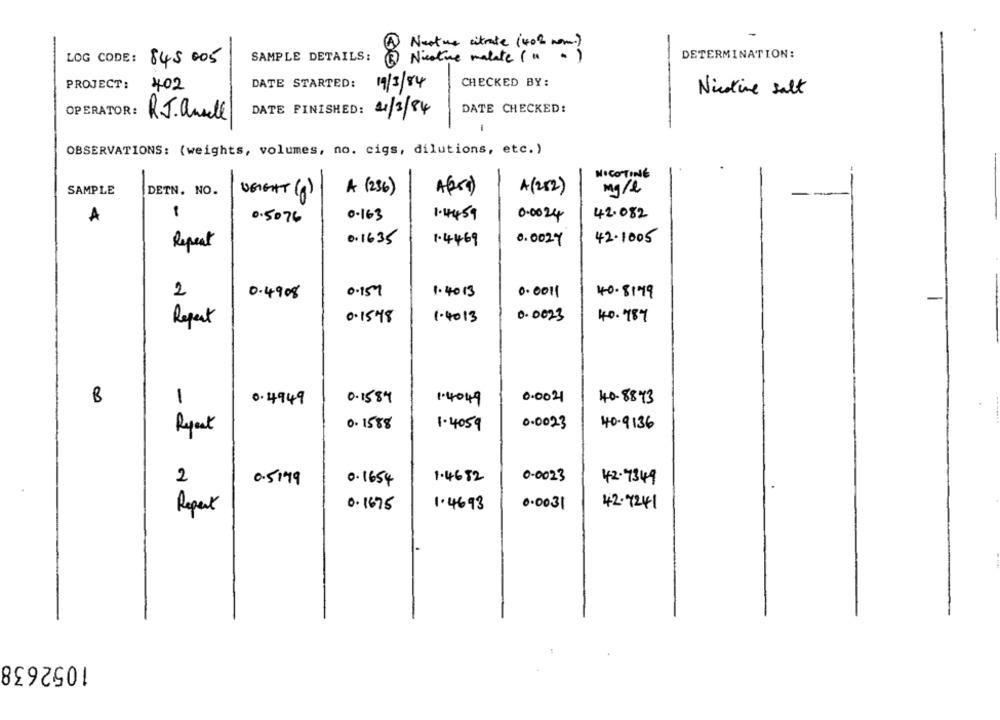
Next me citrate ( 40 % nom )
-
SAMPLE DETAILS:
DETERMINATION:
LOG CODE: 845 005
2 Niextre malate (" - )
PROJECT:
402
DATE STARTED:
19/3/84
CHECKED BY:
Nicoline salt
DATE CHECKED:
OPERATOR:
DATE FINISHED:
21/3/84
RJ.ansell
-
OBSERVATIONS: (weights, volumes, no. cigs, dilutions, etc. )
NICOTINE
mg/l
SAMPLE
DETN. NO.
A ( 236 )
A ( 252)
VEIGHT (g)
-
0-163
42.082
A
0.5076
1.4459
0.0024
Repeat
0.1635
1.4469
0.0024
42.1005
2
0.4908
0.159
1.4013
0.0011
40.8199
40. 987
Report
0.1548
1.4013
0.0023
B
1
0.4949
0.1584
1.4049
0.0021
40.8843
0.0023
Repeat
0.1588
1.4059
40-9136
2
0.5199
0.1654
1.4682
0.0023
42-7349
42-7241
Repent
0. 1675
1.4693
0.0031
1052638